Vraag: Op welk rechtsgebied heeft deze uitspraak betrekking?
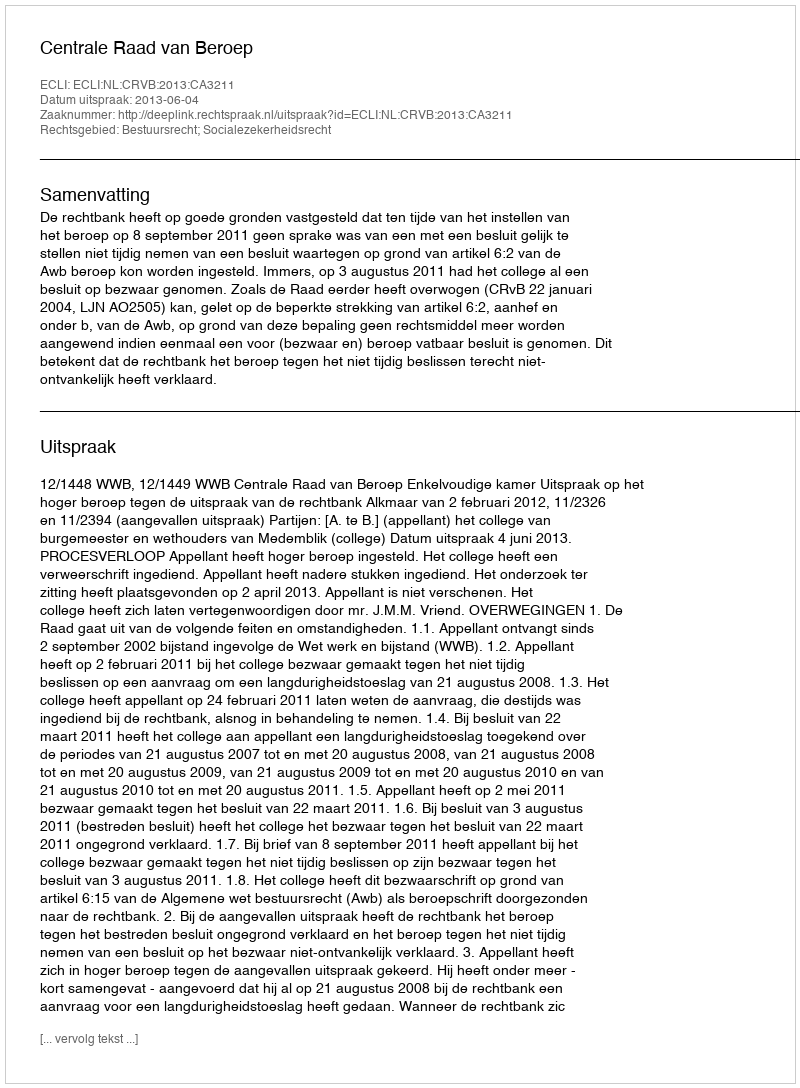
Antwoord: Bestuursrecht; Socialezekerheidsrecht